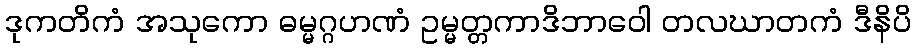
ဒုကတိကံ အသုကော ဓမ္မဂ္ဂဟဏံ ဥမ္မတ္တကာဒိဘာဝေါ တလဃာတကံ ဒီနိပိ